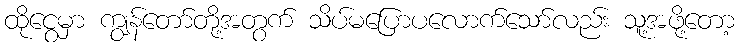
ထိုငွေမှာ ကျွန်တော်တို့အတွက် သိပ်မပြောပလောက်သော်လည်း သူ့အဖို့တော့